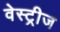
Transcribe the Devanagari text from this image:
वेस्ट्रीज